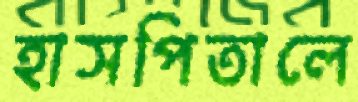
হাসপিতালে